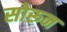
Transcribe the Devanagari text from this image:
सोरून